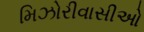
મિઝોરીવાસીઓ